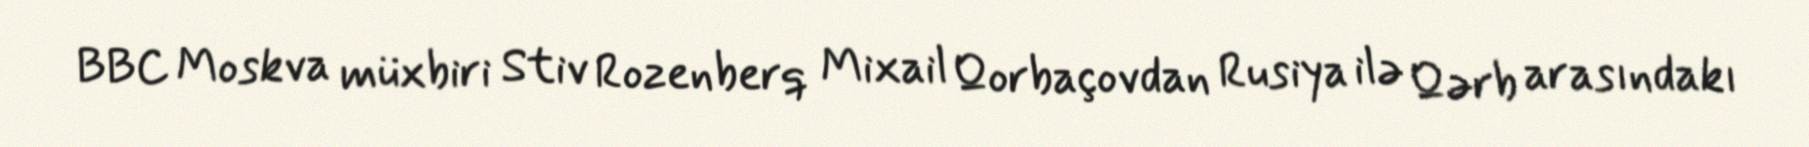
BBC Moskva müxbiri Stiv Rozenberq Mixail Qorbaçovdan Rusiya ilə Qərb arasındakı